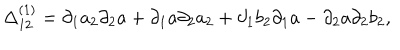
\Delta _ { 1 2 } ^ { ( 1 ) } = \partial _ { 1 } a _ { 2 } \partial _ { 2 } a + \partial _ { 1 } a \partial _ { 2 } a _ { 2 } + \partial _ { 1 } b _ { 2 } \partial _ { 1 } a - \partial _ { 2 } a \partial _ { 2 } b _ { 2 } ,